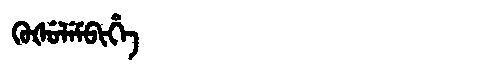
Manchu: ᡴᡠᡧᡠᠯᡝᠮᠪᡳᡥᡝ
Romanization: KUŠULEMBIHE